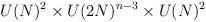
LaTeX: \begin{align*}U(N)^{2}\times U(2N)^{n-3}\times U(N)^{2}\protect\end{align*}